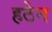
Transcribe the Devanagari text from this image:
हठेन